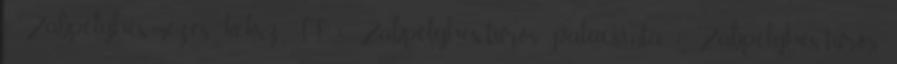
1 Zabpelyhes-mézes keksz II. 1 Zabpelyhes-túrós palacsinta 1 Zabpelyhes-túrós